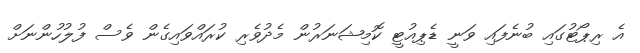
އެ ރިޕޯޓުގައި ބުނެފައި ވަނީ ޑެޕިއުޓީ ކޮމިޝަނަރުން މެދުވެރި ކުރައްވައިގެން ވެސް ފުލުހުންނަށް